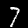
Label: 7